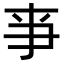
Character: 亊